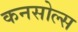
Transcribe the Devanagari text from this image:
कनसोल्स